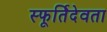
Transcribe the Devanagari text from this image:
स्फूर्तिदेवता